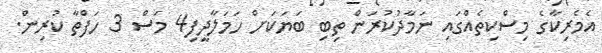
އެމެރިކާގެ މިސްކިތެއްގައި ނަމާދުކުރަން ތިބި ބަޔަކަށް ހަމަލާދީފި4 މަސް 3 ހަފްތާ ކުރިން.